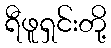
ရီဖူရှင်းတို့